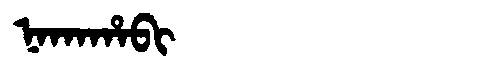
Manchu: ᠨᠠᡴᠠᡥᠠᠪᡳ
Romanization: NAKAHABI